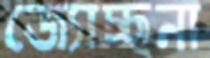
জ্যোচ্ছনা